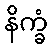
နိက္ခံ